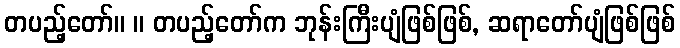
တပည့်တော်။ ။ တပည့်တော်က ဘုန်းကြီးပျံဖြစ်ဖြစ်, ဆရာတော်ပျံဖြစ်ဖြစ်